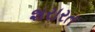
શરારત